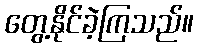
တွေ့နိုင်ခဲ့ကြသည်။